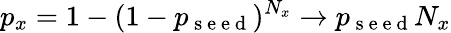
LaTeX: p_{x}=1-(1-p_{\mathrm{~s~e~e~d~}})^{N_{x}}\rightarrow p_{\mathrm{~s~e~e~d~}}N_{x}